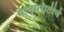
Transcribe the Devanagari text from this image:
मायमराठीचे